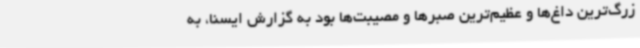
زرگ‌ترین داغ‌ها و عظیم‌ترین صبرها و مصیبت‌ها بود به گزارش ایسنا، به